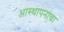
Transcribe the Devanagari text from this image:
आस्थापनांचा